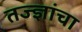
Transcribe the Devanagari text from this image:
तज्‍ज्ञांचा